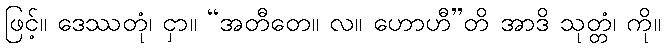
ဖြင့်။ ဒေဿတုံ၊ ငှာ။ “အတီတေ။ လ။ ဟောဟီ”တိ အာဒိ သုတ္တံ၊ ကို။